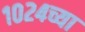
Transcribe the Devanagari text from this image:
१०२४च्या